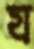
য